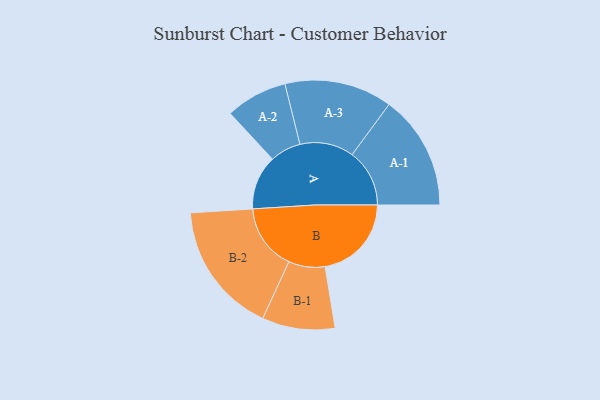
{"axis": {"x": "Segment", "y": "Value"}, "legend": ["", "A", "B"], "data": [{"x": "A", "y": 246, "type": ""}, {"x": "B", "y": 391, "type": ""}, {"x": "A-1", "y": 260, "type": "A"}, {"x": "A-2", "y": 140, "type": "A"}, {"x": "A-3", "y": 244, "type": "A"}, {"x": "B-1", "y": 165, "type": "B"}, {"x": "B-2", "y": 299, "type": "B"}]}